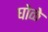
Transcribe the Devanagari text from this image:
घोळे